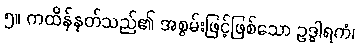
၅။ ကထိန်နုတ်သည်၏ အစွမ်းဖြင့်ဖြစ်သော ဥဒ္ဓါရကံ၊